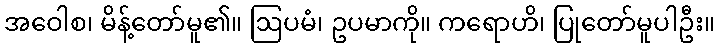
အဝေါစ၊ မိန့်တော်မူ၏။ ဩပမံ၊ ဥပမာကို။ ကရောဟိ၊ ပြုတော်မူပါဦး။